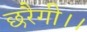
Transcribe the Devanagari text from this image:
छरैगी।।